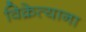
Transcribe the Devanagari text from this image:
विक्रेत्याना